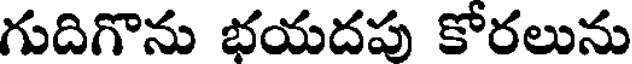
గుదిగొను భయదపు కోరలును